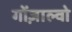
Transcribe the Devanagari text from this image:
गोंज़ाल्वो